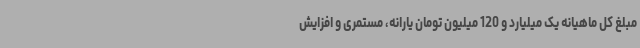
مبلغ کل ماهیانه یک میلیارد و 120 میلیون تومان یارانه، مستمری و افزایش